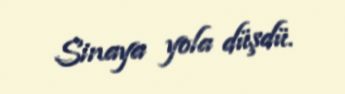
Sinaya yola düşdü.